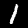
Digit: 1